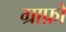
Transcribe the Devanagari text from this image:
ग्राफ़ो